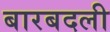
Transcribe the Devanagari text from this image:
बारबदली